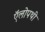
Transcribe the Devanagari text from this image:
ऍलोपथी